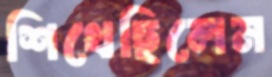
শিখেছিলেম